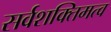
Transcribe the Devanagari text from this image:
सर्वशक्तिमत्व